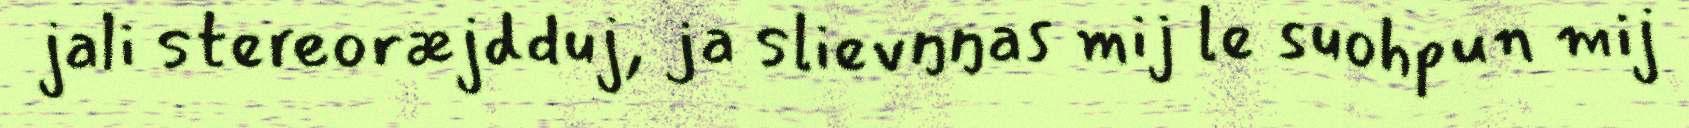
jali stereoræjdduj, ja slievŋŋas mij le suohpun mij